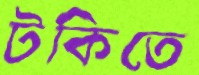
টকিতে